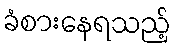
ခံစားနေရသည့်